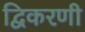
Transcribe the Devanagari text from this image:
द्विकरणी